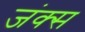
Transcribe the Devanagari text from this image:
जंक्स